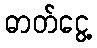
ဓာတ်ငွေ့